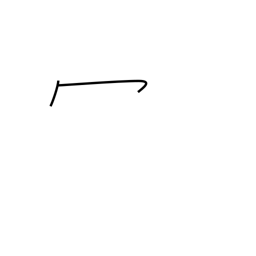
Meaning: wa-shaped crown radical (no. 14)